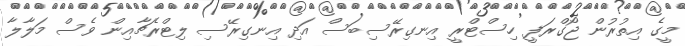
މީގެ އިތުރުން ޖޯގްރަފީ ހިސްޓްރީ އިނގިރޭސިބަސް އަދި އިނގިރޭސި ލިޓްރެޗާއިން ވެސް މަލާލާ